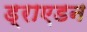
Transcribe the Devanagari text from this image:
ड्राएडन